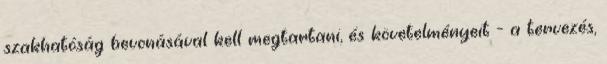
szakhatóság bevonásával kell megtartani, és követelményeit - a tervezés,